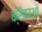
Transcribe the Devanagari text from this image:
क्रैकाओ